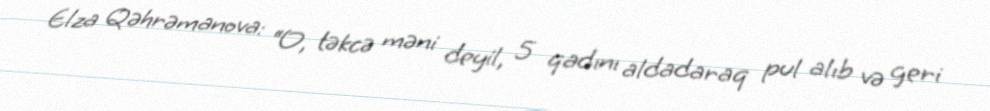
Elza Qəhrəmanova: “O, təkcə məni deyil, 5 qadını aldadaraq pul alıb və geri